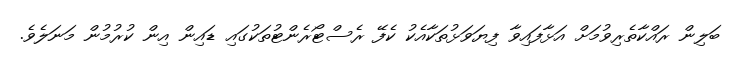
ބަލިން ރައްކާތެރިވުމަށް އަޅާފައިވާ ފިޔަވަޅުތަކާއެކު ކެފޭ ރެސްޓޯރެންޓުތަކުގައި ޑައިން އިން ކުރުމުން މަނަލެވެ.